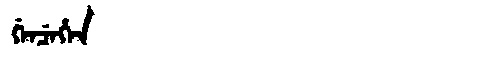
Manchu: ᡤᡝᠨᠴᡝᡥᡝᠨ
Romanization: GENCEHEN